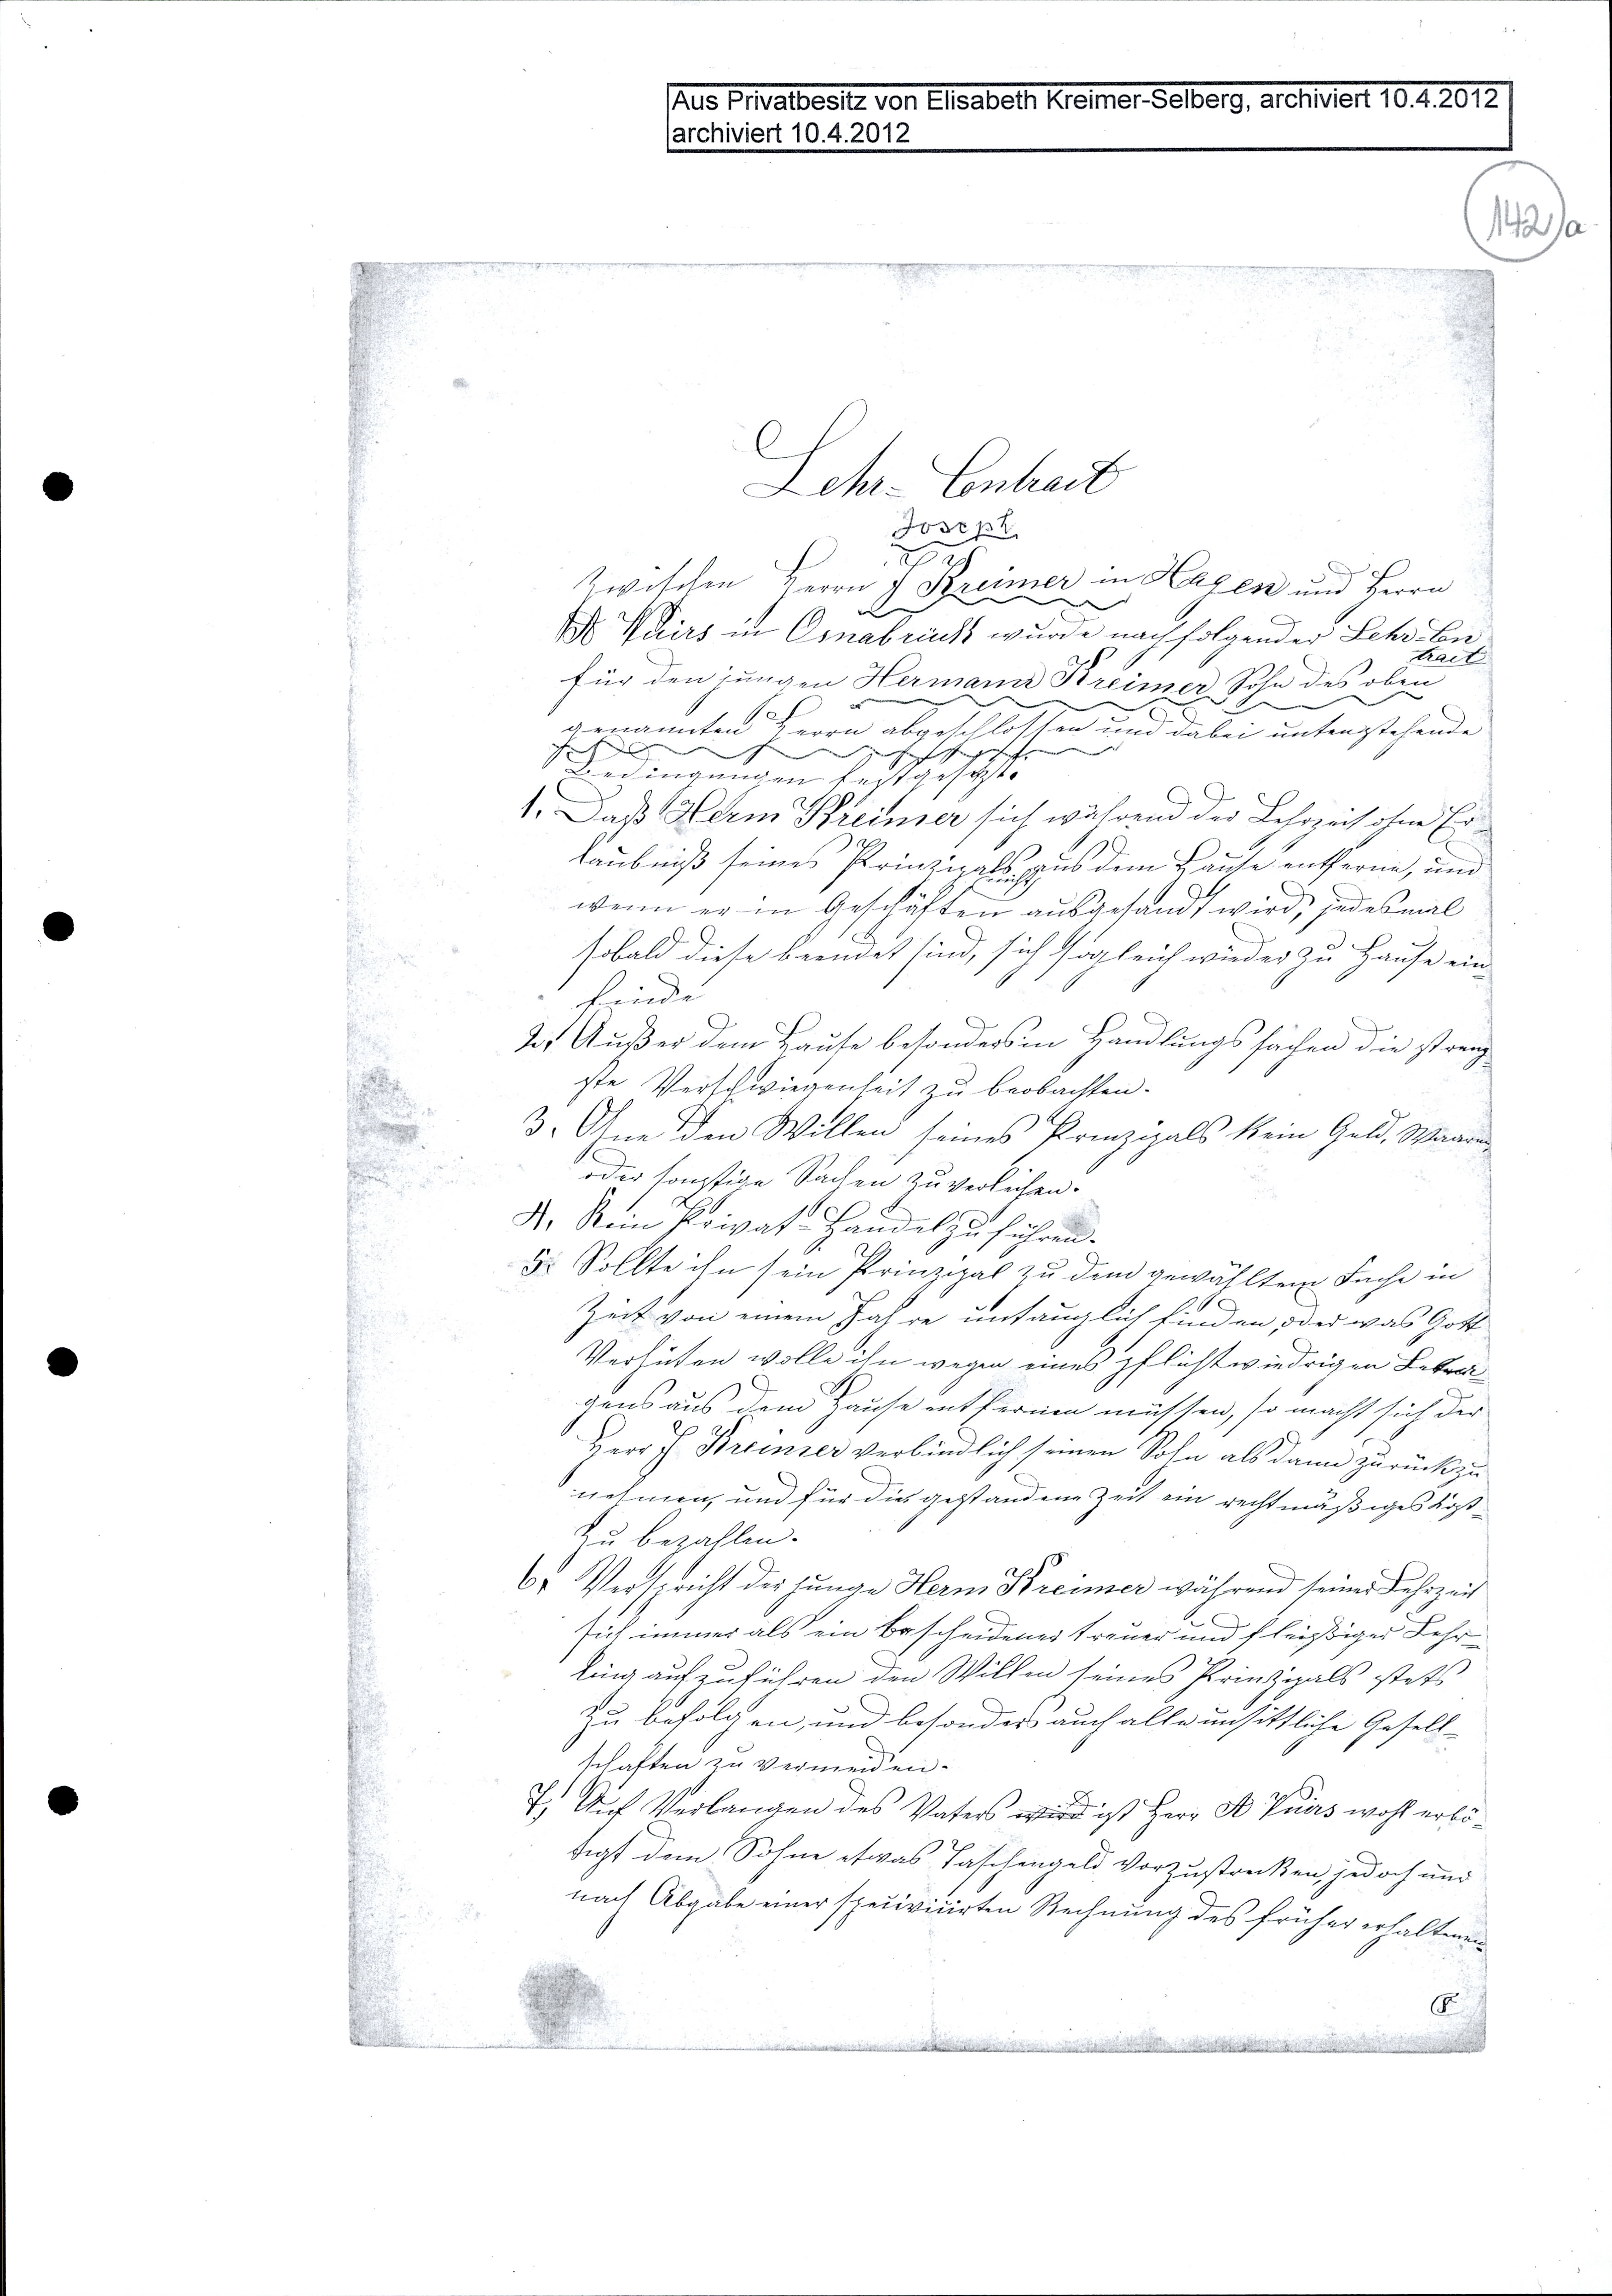
Lehr-Contract
Joseph
Zwischen Herrn J Kreimer in Hagen und Herrn
A Tuirs in Osnabrück wurde nachfolgender Lehr-Contract
für den jungen Hermann Kreimer Sohn des oben
genannten Herrn abgeschlossen und dabei untenstehende
Bedingungen festgesetzt.
1. Daß Herm. Kreimer sich während der Lehrzeit ohne Er¬
laubniß seines Prinzipals nicht aus dem Hause entfernen, und
wenn er in Geschäften ausgesandt wird, jedesmal
sobald diese beendet sind, sich sogleich wieder zu Hause ein-
finde
2. Außer dem Hause besonders in Handlungssachen die streng¬
ste Verschwiegenheit zu beobachten.
3. Ohne den Willen seines Prinzipals kein Geld, Waaren,
oder sonstige Sachen zu verleihen.
4. Kein Privat-Handel zu führen.
5. Sollte ihn sein Prinzipal zu dem gewähltem Fache in
Zeit von einem Jahre untauglich finden, oder was Gott
verhüten wolle ihn wegen eines pflichtwiedrigen Betra¬
gens aus dem Hause entfernen müssen, so macht sich der
Herr J Kreimer verbindlich seinen Sohn als dann zurückzu¬
nehmen, und für gestandene Zeit ein rechtmäßiges Kost
zu bezahlen.
6, Verspricht der junge Herm Kreimer während seiner Lehrzeit
sich immer als ein bescheidener treuer und fleißiger Lehr¬
ling aufzuführen den Willen seines Prinzipals stets
zu befolgen, und besonders auch alle unsittliche Gesell¬
schaften zu vermeiden.
7, Auf Verlangen des Vaters wird ist Herr A Tuirs wohl erbö¬
tigt dem Sohne etwas Taschengeld vorzustrecken, jedoch und
nach Obgabe einer specivicirten Rechnung des früher erhaltenen.
5